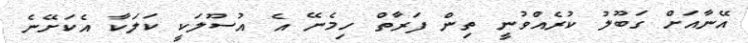
އޭނާއަށް ގަބޫލު ކުރެއްވުނީ ތިން ފަރާތް ހިމެނޭ އެ އުސޫލަކީ ކަލަކާ އެކަށޭނެ